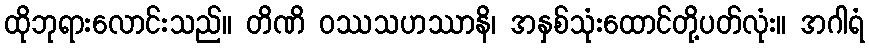
ထိုဘုရားလောင်းသည်။ တိဏိ ဝဿသဟဿာနိ၊ အနှစ်သုံးထောင်တို့ပတ်လုံး။ အဂါရံ